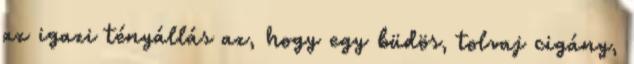
az igazi tényállás az, hogy egy büdös, tolvaj cigány,